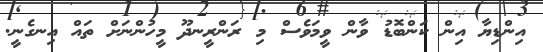
އިންޑިޔާ އިން ކަންބޮޑު ވާން ވީމަވެސް މި ރަންރީނދޫ މީހުންނަށް ތައް އިނގެނީ.